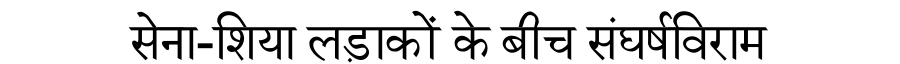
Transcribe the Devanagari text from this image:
सेना-शिया लड़ाकों के बीच संघर्षविराम